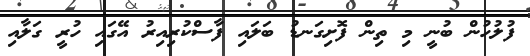
ފުލުހުން ބުނީ މި ތިން ފޮށިގަނޑު ބަލައި ފާސްކުރިއިރު އޭގައި ހުރީ ގަލާއި